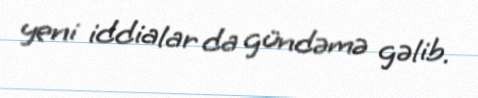
yeni iddialar da gündəmə gəlib.